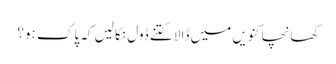
کھانچا کنویں میں ڈالا کتنے ڈول نکالیں کہ پاک ہو؟